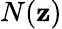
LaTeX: N(\mathbf{z})